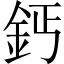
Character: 鈣